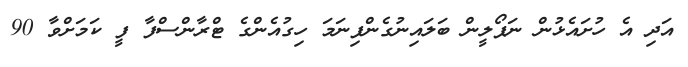
އަދި އެ ހުށައެޅުން ނަޕޯލީން ބަލައިނުގެންފިނަމަ ހިގުއެންގެ ޓްރާންސްފާ ފީ ކަމަށްވާ 90